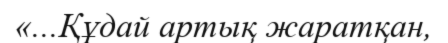
«...Құдай артық жаратқан,